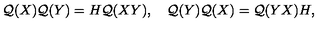
{ \cal Q } ( X ) { \cal Q } ( Y ) = H { \cal Q } ( X Y ) , \quad { \cal Q } ( Y ) { \cal Q } ( X ) = { \cal Q } ( Y X ) H ,